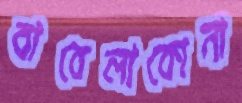
বাবেলাকোনা